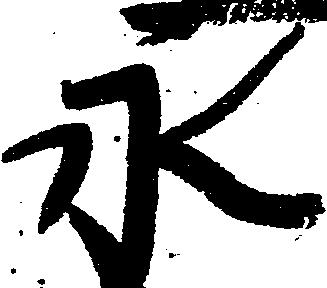
永